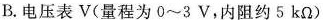
B.电压表V(量程为0~3V，内阻约5kΩ)